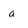
Character: a